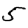
Digit: 5